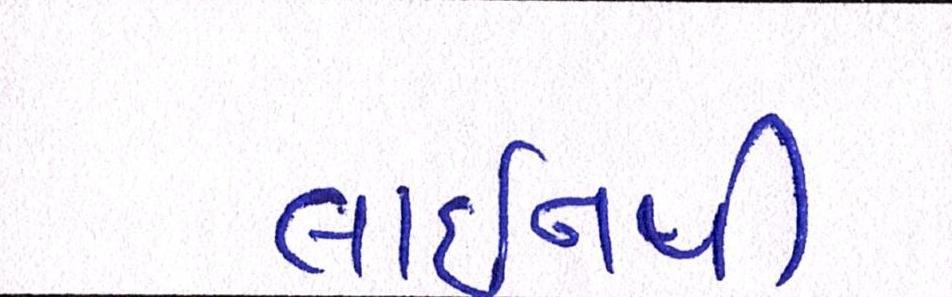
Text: લાઈનથી